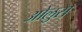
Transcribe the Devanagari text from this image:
ओलुस